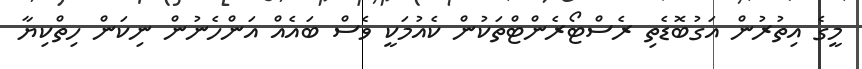
މީގެ އިތުރުން އަގުބޮޑެތި ރެސްޓޯރެންޓްތަކުން ކެއުމަކީ ވެސް ބައެއް އަންހެނުން ނިކަން ހިތްކިޔާ